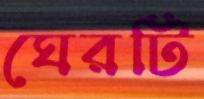
ঘেরটি